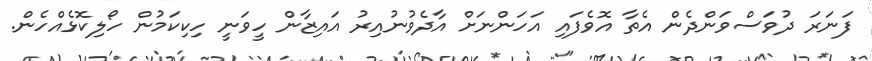
ފަނަރަ ދުވަސްވަންދެން އެތާ އޮވެފައި އަހަންނަށް އާދެވުނުއިރު އައިޒާން ހީވަނީ ހިކިކަމުން ހޯލިކޮޅެއްހެން.